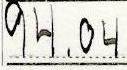
94.04